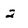
Character: 2